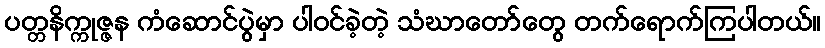
ပတ္တနိက္ကုဇ္ဇန ကံဆောင်ပွဲမှာ ပါဝင်ခဲ့တဲ့ သံဃာတော်တွေ တက်ရောက်ကြပါတယ်။